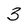
Character: 3